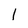
Character: l